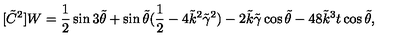
[ \tilde { C } ^ { 2 } ] W = { \frac { 1 } { 2 } } \sin { 3 \tilde { \theta } } + \sin { \tilde { \theta } } ( { \frac { 1 } { 2 } } - 4 \tilde { k } ^ { 2 } \tilde { \gamma } ^ { 2 } ) - 2 \tilde { k } \tilde { \gamma } \cos { \tilde { \theta } } - 4 8 \tilde { k } ^ { 3 } t \cos { \tilde { \theta } } ,